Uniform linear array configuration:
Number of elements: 24
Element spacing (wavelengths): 0.25
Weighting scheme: binomial
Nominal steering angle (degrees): -15
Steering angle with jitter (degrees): -14.949
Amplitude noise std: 0.05
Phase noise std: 0.05

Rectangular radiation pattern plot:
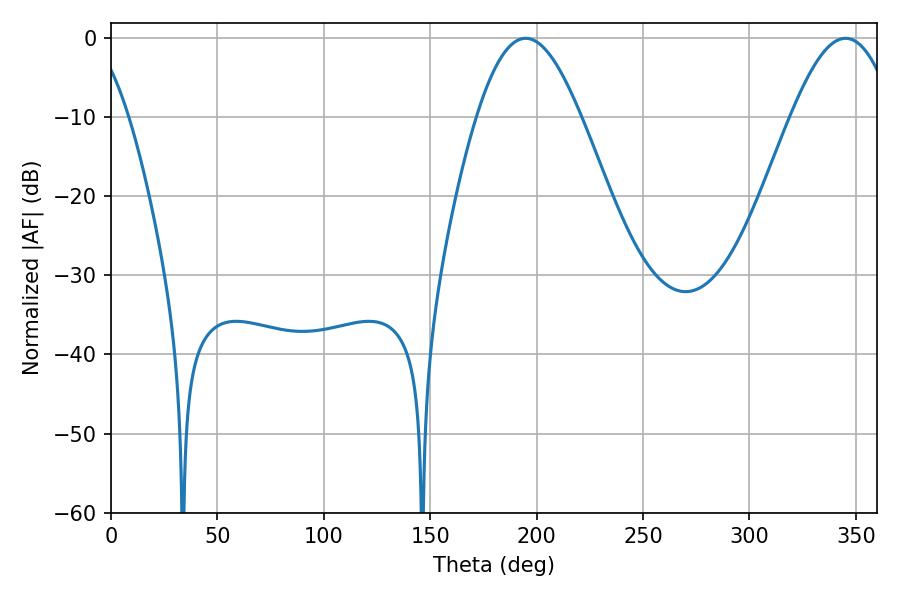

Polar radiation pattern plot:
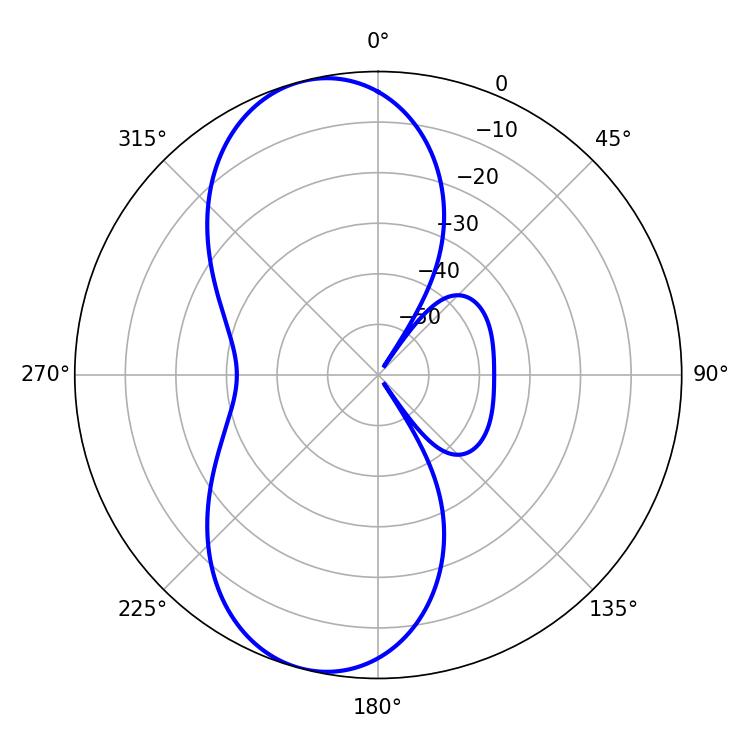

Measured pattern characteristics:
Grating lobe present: FALSE
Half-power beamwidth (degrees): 26.46
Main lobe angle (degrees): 194.76